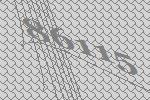
86115